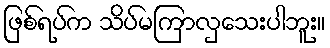
ဖြစ်ရပ်က သိပ်မကြာလှသေးပါဘူး။